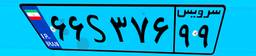
۰۱S۰۶۶۹۶